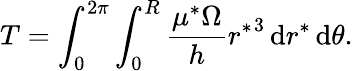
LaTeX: T=\int_{0}^{2\pi}\int_{0}^{R}\frac{\mu^{*}\Omega}{h}{r^{*}}^{3}\, \mathrm{d}r^{*}\, \mathrm{d}\theta.